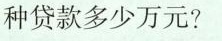
种贷款多少万元?